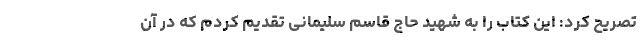
تصریح کرد: این کتاب را به شهید حاج قاسم سلیمانی تقدیم کردم که در آن